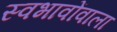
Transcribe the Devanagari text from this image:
स्वभावोंवाला